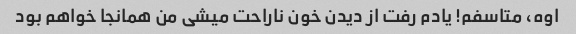
اوه، متاسفم! یادم رفت از دیدن خون ناراحت میشی من همانجا خواهم بود